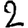
Digit: 2